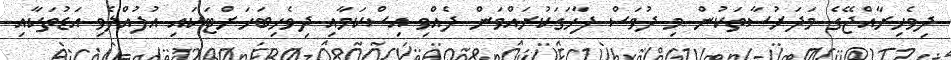
ދިވެހިރާއްޖޭގެ މަދަރުސާތަކުން މި ދުވަސް ފާހަގަކުރައްވަން ދެއްވި އިސްކަމާއި ދިވެހިބަހަށްޓަކައި އުފުއްލެވި އަޑުތަކާއި